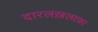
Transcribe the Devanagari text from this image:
दारलख़लाफ़ा